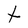
Character: t